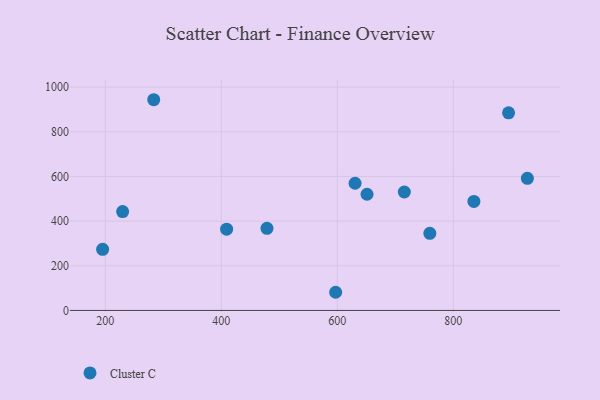
{"axis": {"x": "Study Hours", "y": "Sales"}, "legend": ["Cluster C"], "data": [{"x": "759.5", "y": 345.2, "type": "Cluster C"}, {"x": "651.2", "y": 520.4, "type": "Cluster C"}, {"x": "895.3", "y": 884.9, "type": "Cluster C"}, {"x": "195.3", "y": 273.8, "type": "Cluster C"}, {"x": "715.5", "y": 530.3, "type": "Cluster C"}, {"x": "229.8", "y": 442.7, "type": "Cluster C"}, {"x": "283.4", "y": 943.6, "type": "Cluster C"}, {"x": "409.1", "y": 363.9, "type": "Cluster C"}, {"x": "927.7", "y": 591.7, "type": "Cluster C"}, {"x": "478.7", "y": 367.7, "type": "Cluster C"}, {"x": "630.6", "y": 569.6, "type": "Cluster C"}, {"x": "835.5", "y": 488.2, "type": "Cluster C"}, {"x": "597.1", "y": 81.4, "type": "Cluster C"}]}